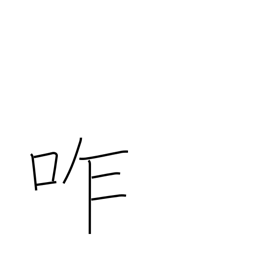
Meaning: chew